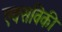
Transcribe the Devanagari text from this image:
एक्सविकी